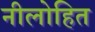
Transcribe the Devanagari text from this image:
नीलोहित